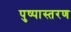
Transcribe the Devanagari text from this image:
पुष्पास्तरण